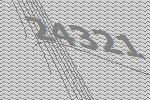
24321